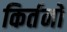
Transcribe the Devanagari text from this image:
किर्तनों